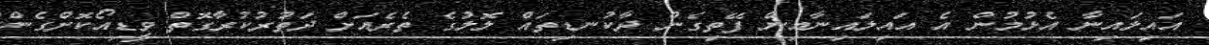
އައިލައިނާ އެޅުމުން އެ އައިލައިނާއިން ފޭތިގެން ދާކުނޑިތައް ލޮލުގެ ތެރެއަށް ދަތުރުކުރާގޮތް ވީޑިއޯކޮށްގެން